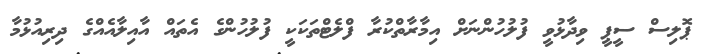
ޕޮލިސް ސީޕީ ވިދާޅުވީ ފުލުހުންނަށް އިމާރާތްކުރާ ފްލެޓްތަކަކީ ފުލުހުންގެ އެތައް އާއިލާއެއްގެ ދިރިއުޅުމާ